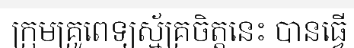
ក្រុមគ្រូពេទ្យស្ម័គ្រចិត្តនេះ បានធ្វើ